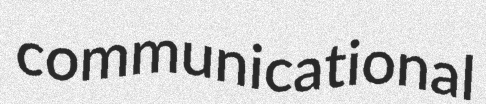
communicational